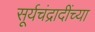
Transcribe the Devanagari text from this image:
सूर्यचंद्रादींच्या